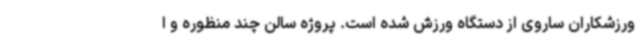
ورزشکاران ساروی از دستگاه ورزش شده است. پروژه سالن چند منظوره و ا